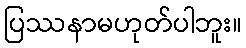
ပြဿနာမဟုတ်ပါဘူး။